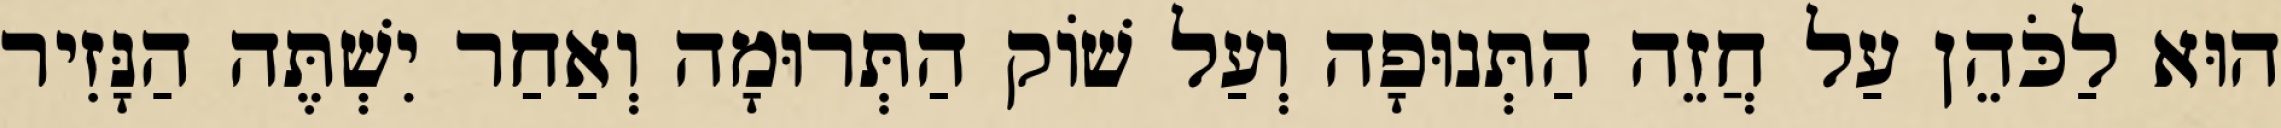
הוּא לַכֹּהֵן עַל חֲזֵה הַתְּנוּפָה וְעַל שׁוֹק הַתְּרוּמָה וְאַחַר יִשְׁתֶּה הַנָּזִיר